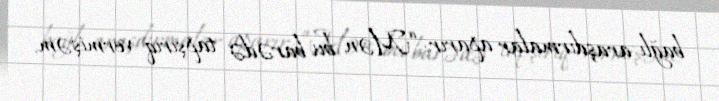
bağlı araşdırmalar aparır: “Mən bu barədə tapşırıq vermişəm.